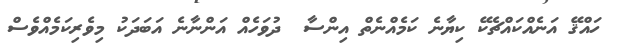
ހައްޤޭ އަނެއްކައްޗެކޭ ކިޔާނެ ކަމެއްނެތް އިންސާ  ދުވަހެއް އަންނާނެ އަބަދަކު މިވެރިކަމެއްވެސް